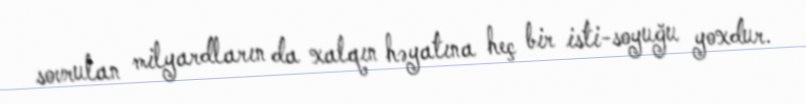
sovrulan milyardların da xalqın həyatına heç bir isti-soyuğu yoxdur.